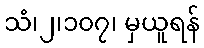
သံ၊၂၊၁၀၇၊ မှယူရန်